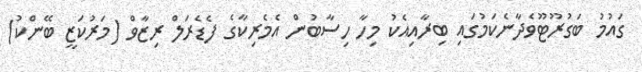
ގައުމު ބަގުރޫޓޫވެދާނެކަމުގައި ބިރާއިއެކު މިހާ ހިސާބުން އެމެރިކާގެ ފެޑެރަލް ރިޒާވް (މަރުކަޒީ ބޭންކު)